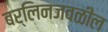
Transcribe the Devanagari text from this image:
बर्लिनजवळील